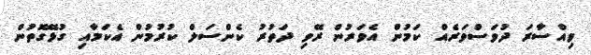
ވިއްސާރަ ދުވަސްވަރެއް ކަމުން އެވަރުން ރޭވި ދަތުރު ކެންސަލް ކުރުމުން އެކަމާއި ގުޅޭގޮތުން